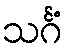
သင်္ဂံ